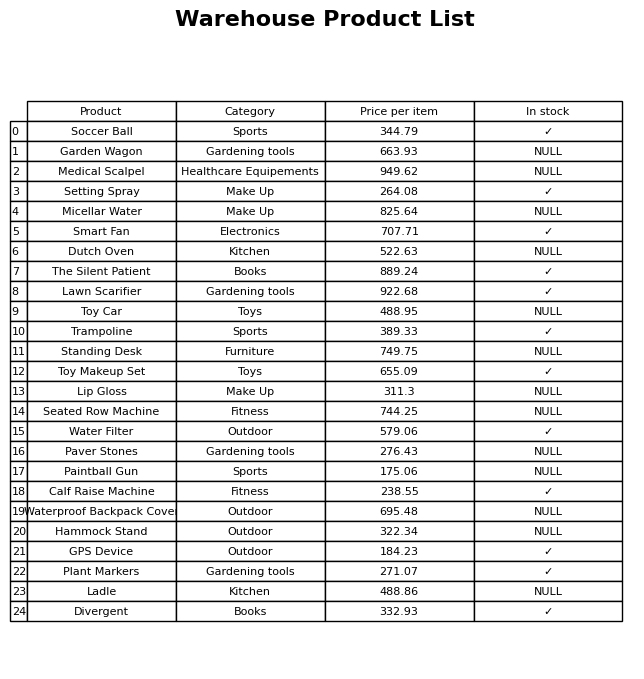
question: What is the price of the Water Filter?
answer: The price of Water Filter is 579.06.